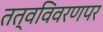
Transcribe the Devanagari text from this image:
तत्वविवरणपर